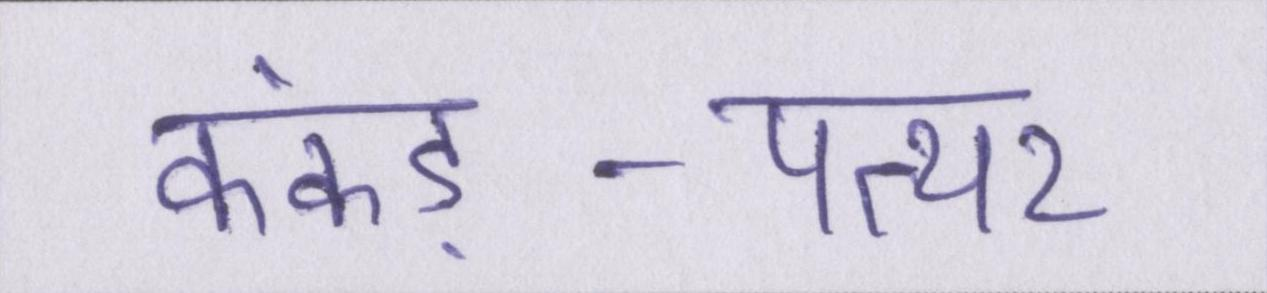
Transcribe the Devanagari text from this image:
कंकड़-पत्थर